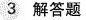
3 解答题